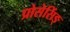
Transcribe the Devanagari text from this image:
प्रोसेसिंङ्